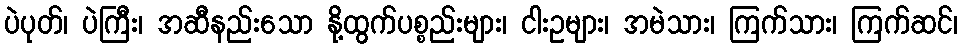
ပဲပုတ်၊ ပဲကြီး၊ အဆီနည်းသော နို့ထွက်ပစ္စည်းများ၊ ငါးဥများ၊ အမဲသား၊ ကြက်သား၊ ကြက်ဆင်၊